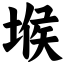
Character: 堠